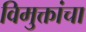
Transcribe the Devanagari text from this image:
विमुक्तांचा